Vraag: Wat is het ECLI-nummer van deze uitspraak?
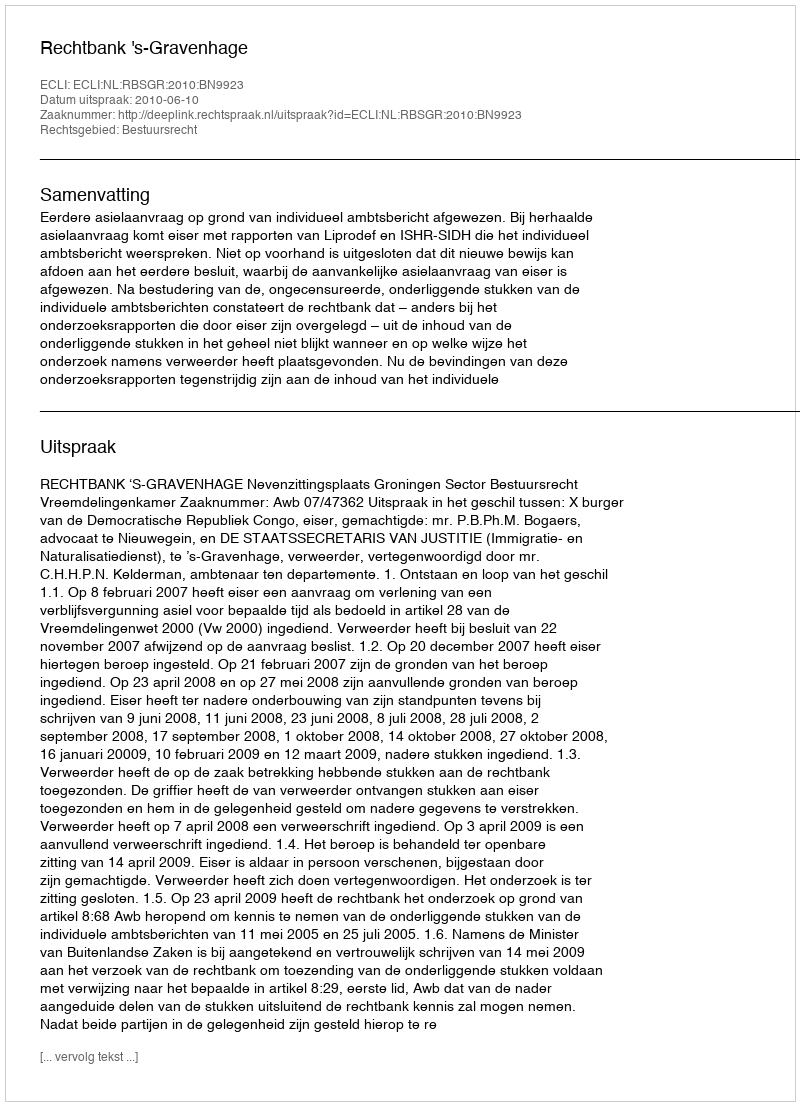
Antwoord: ECLI:NL:RBSGR:2010:BN9923